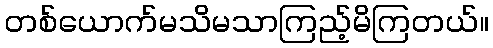
တစ်ယောက်မသိမသာကြည့်မိကြတယ်။